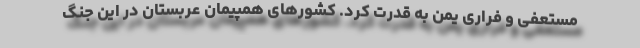
مستعفی و فراری یمن به قدرت کرد. کشورهای همپیمان عربستان در این جنگ